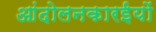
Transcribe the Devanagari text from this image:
आंदोलनकारईयों